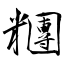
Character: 糰